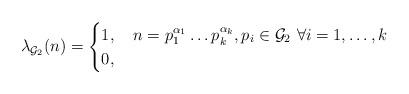
LaTeX: \begin{align*}\lambda_{\mathcal{G}_2}(n)=\begin{cases}1, \quad n=p_1^{\alpha_1}\dots p_k^{\alpha_k}, p_i\in \mathcal{G}_2 \,\, \forall i=1,\dotsc,k\\0, \quad\end{cases}\end{align*}